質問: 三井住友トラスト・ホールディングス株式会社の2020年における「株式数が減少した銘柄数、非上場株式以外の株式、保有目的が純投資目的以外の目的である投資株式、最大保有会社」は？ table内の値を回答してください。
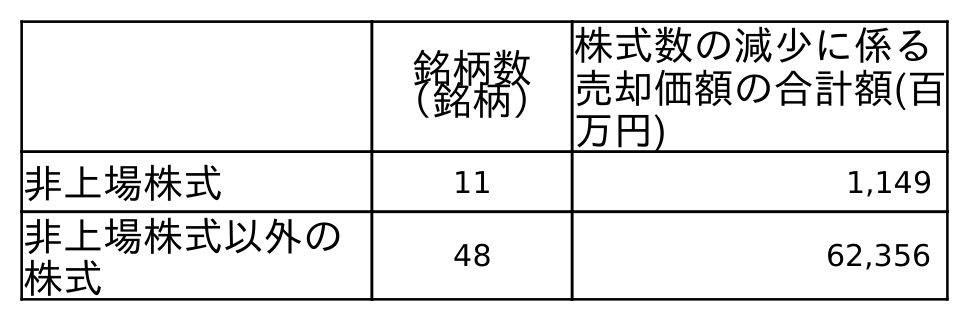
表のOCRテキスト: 銘柄数 （銘柄） 株式数の減少に係る 売却価額の合計額(百 万円) 非上場株式 11 1,149 非上場株式以外の 株式 48 62,356
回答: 48